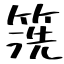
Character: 箲